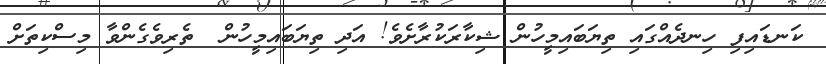
ކަނޑައިފި ހިނދެއްގައި ތިޔަބައިމީހުން ޝިކާރަކުރާށެވެ! އަދި ތިޔަބައިމީހުން  ތެރިވެގެންވާ މިސްކިތަށް